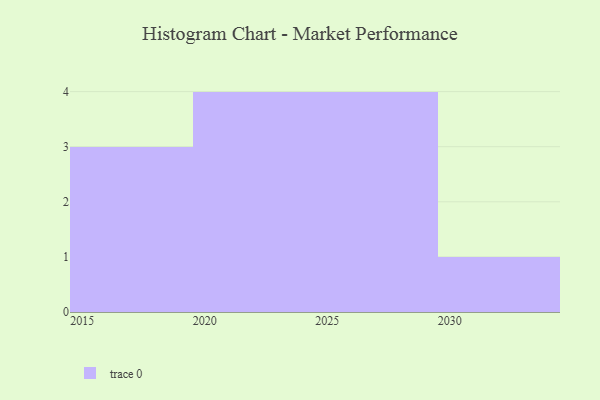
{"axis": {"x": "Year", "y": "Customer Acquisition Cost (USD)"}, "legend": [""], "data": [{"x": "2028", "y": 70, "type": ""}, {"x": "2025", "y": 17, "type": ""}, {"x": "2015", "y": 14, "type": ""}, {"x": "2023", "y": 53, "type": ""}, {"x": "2024", "y": 51, "type": ""}, {"x": "2019", "y": 72, "type": ""}, {"x": "2030", "y": 88, "type": ""}, {"x": "2018", "y": 44, "type": ""}, {"x": "2026", "y": 91, "type": ""}, {"x": "2021", "y": 32, "type": ""}, {"x": "2029", "y": 16, "type": ""}, {"x": "2020", "y": 69, "type": ""}]}